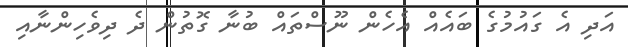
އަދި އެ ގައުމުގެ ބައެއް އެހެން ނޫސްތައް ބުނާ ގޮތުން ދެ ދިވެހިންނާއި